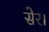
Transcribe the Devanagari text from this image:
सेर।